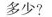
多少?